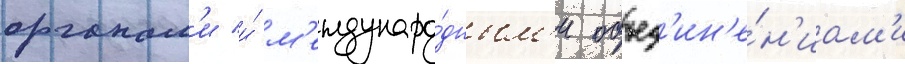
органам'и и́ м'еждунаро́дным'и объед'ин'е́н'иам'и